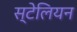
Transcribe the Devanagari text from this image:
स्टेलियन